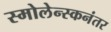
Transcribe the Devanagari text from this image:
स्मोलेन्स्कनंतर